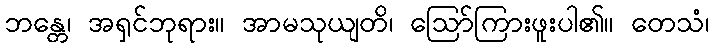
ဘန္တေ၊ အရှင်ဘုရား။ အာမသုယျတိ၊ ဩော်ကြားဖူးပါ၏။ တေသံ၊